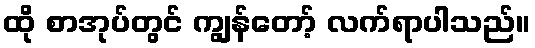
ထို စာအုပ်တွင် ကျွန်တော့် လက်ရာပါသည်။